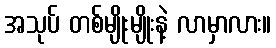
အသုပ် တစ်မျိုးမျိုးနဲ့ လာမှာလား။